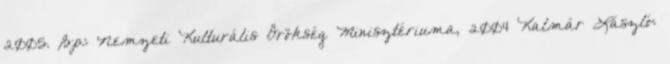
2005. Bp.: Nemzeti Kulturális Örökség Minisztériuma, 2004 Kalmár László: